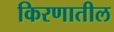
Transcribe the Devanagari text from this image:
किरणातील